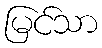
မြင်သာ